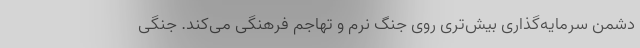
دشمن سرمایه‌گذاری بیش‌تری روی جنگ نرم و تهاجم فرهنگی می‌کند. جنگی